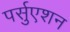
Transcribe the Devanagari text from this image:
पर्सुएशन